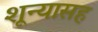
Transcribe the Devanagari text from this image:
शून्यासह